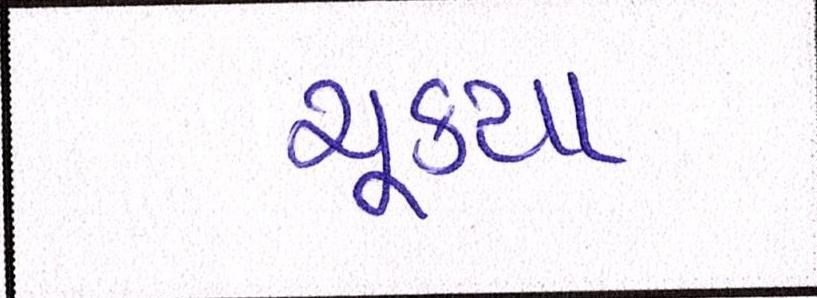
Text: ચૂક્યા